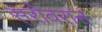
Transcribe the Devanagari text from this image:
सरोवरान